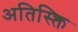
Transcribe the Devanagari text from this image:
अतिस्क्ति